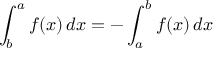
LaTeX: \int _ { b } ^ { a } f ( x ) \, d x = - \int _ { a } ^ { b } f ( x ) \, d x